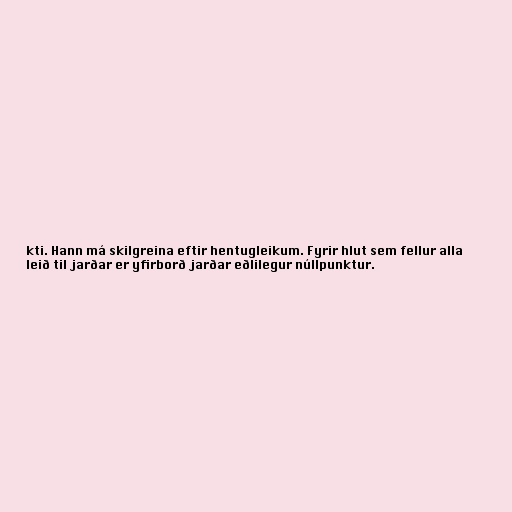
kti. Hann má skilgreina eftir hentugleikum. Fyrir hlut sem fellur alla
leið til jarðar er yfirborð jarðar eðlilegur núllpunktur.